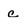
Character: c